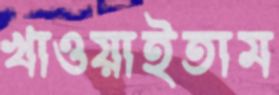
খাওয়াইতাম